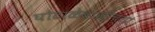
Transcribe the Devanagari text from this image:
घोटाळेबाजीच्या